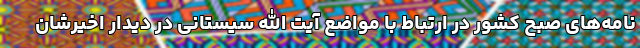
نامه‌های صبح کشور در ارتباط با مواضع آیت الله سیستانی در دیدار اخیرشان